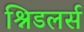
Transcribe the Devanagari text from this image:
श्निडलर्स